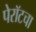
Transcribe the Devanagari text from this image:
पेरॉटचा